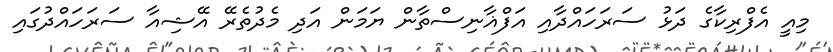
މިއީ އެފްރިކާގެ ދަޅު ސަރަހައްދާއި އަފްޣާނިސްތާން ޔަމަން އަދި މެދުތެރޭ އޭޝިއާ ސަރަހައްދުގައި